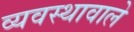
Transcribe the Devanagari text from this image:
व्यवस्थावाले